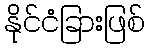
နိုင်ငံခြားဖြစ်